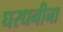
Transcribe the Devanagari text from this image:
घरधनीना